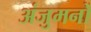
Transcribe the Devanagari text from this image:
अंजुमनों